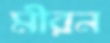
মীরন